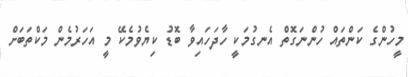
މީހުންގެ ކަންތައް ހުންނަގޮތް އެނގުމަކީ ހާދަހައިވާ ބޮޑު ކިޔެވުމެކޭ މީ އަހަރުމެން މަކްތަބަށް